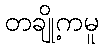
တချို့ကမူ